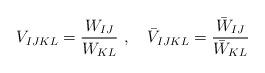
LaTeX: \begin{align*}V_{IJKL} = \frac{W_{IJ}}{W_{KL}}~,\quad \bar V_{IJKL} = \frac{\bar W_{IJ}}{\bar W_{KL}}\end{align*}